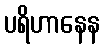
ပရိဟာနေန